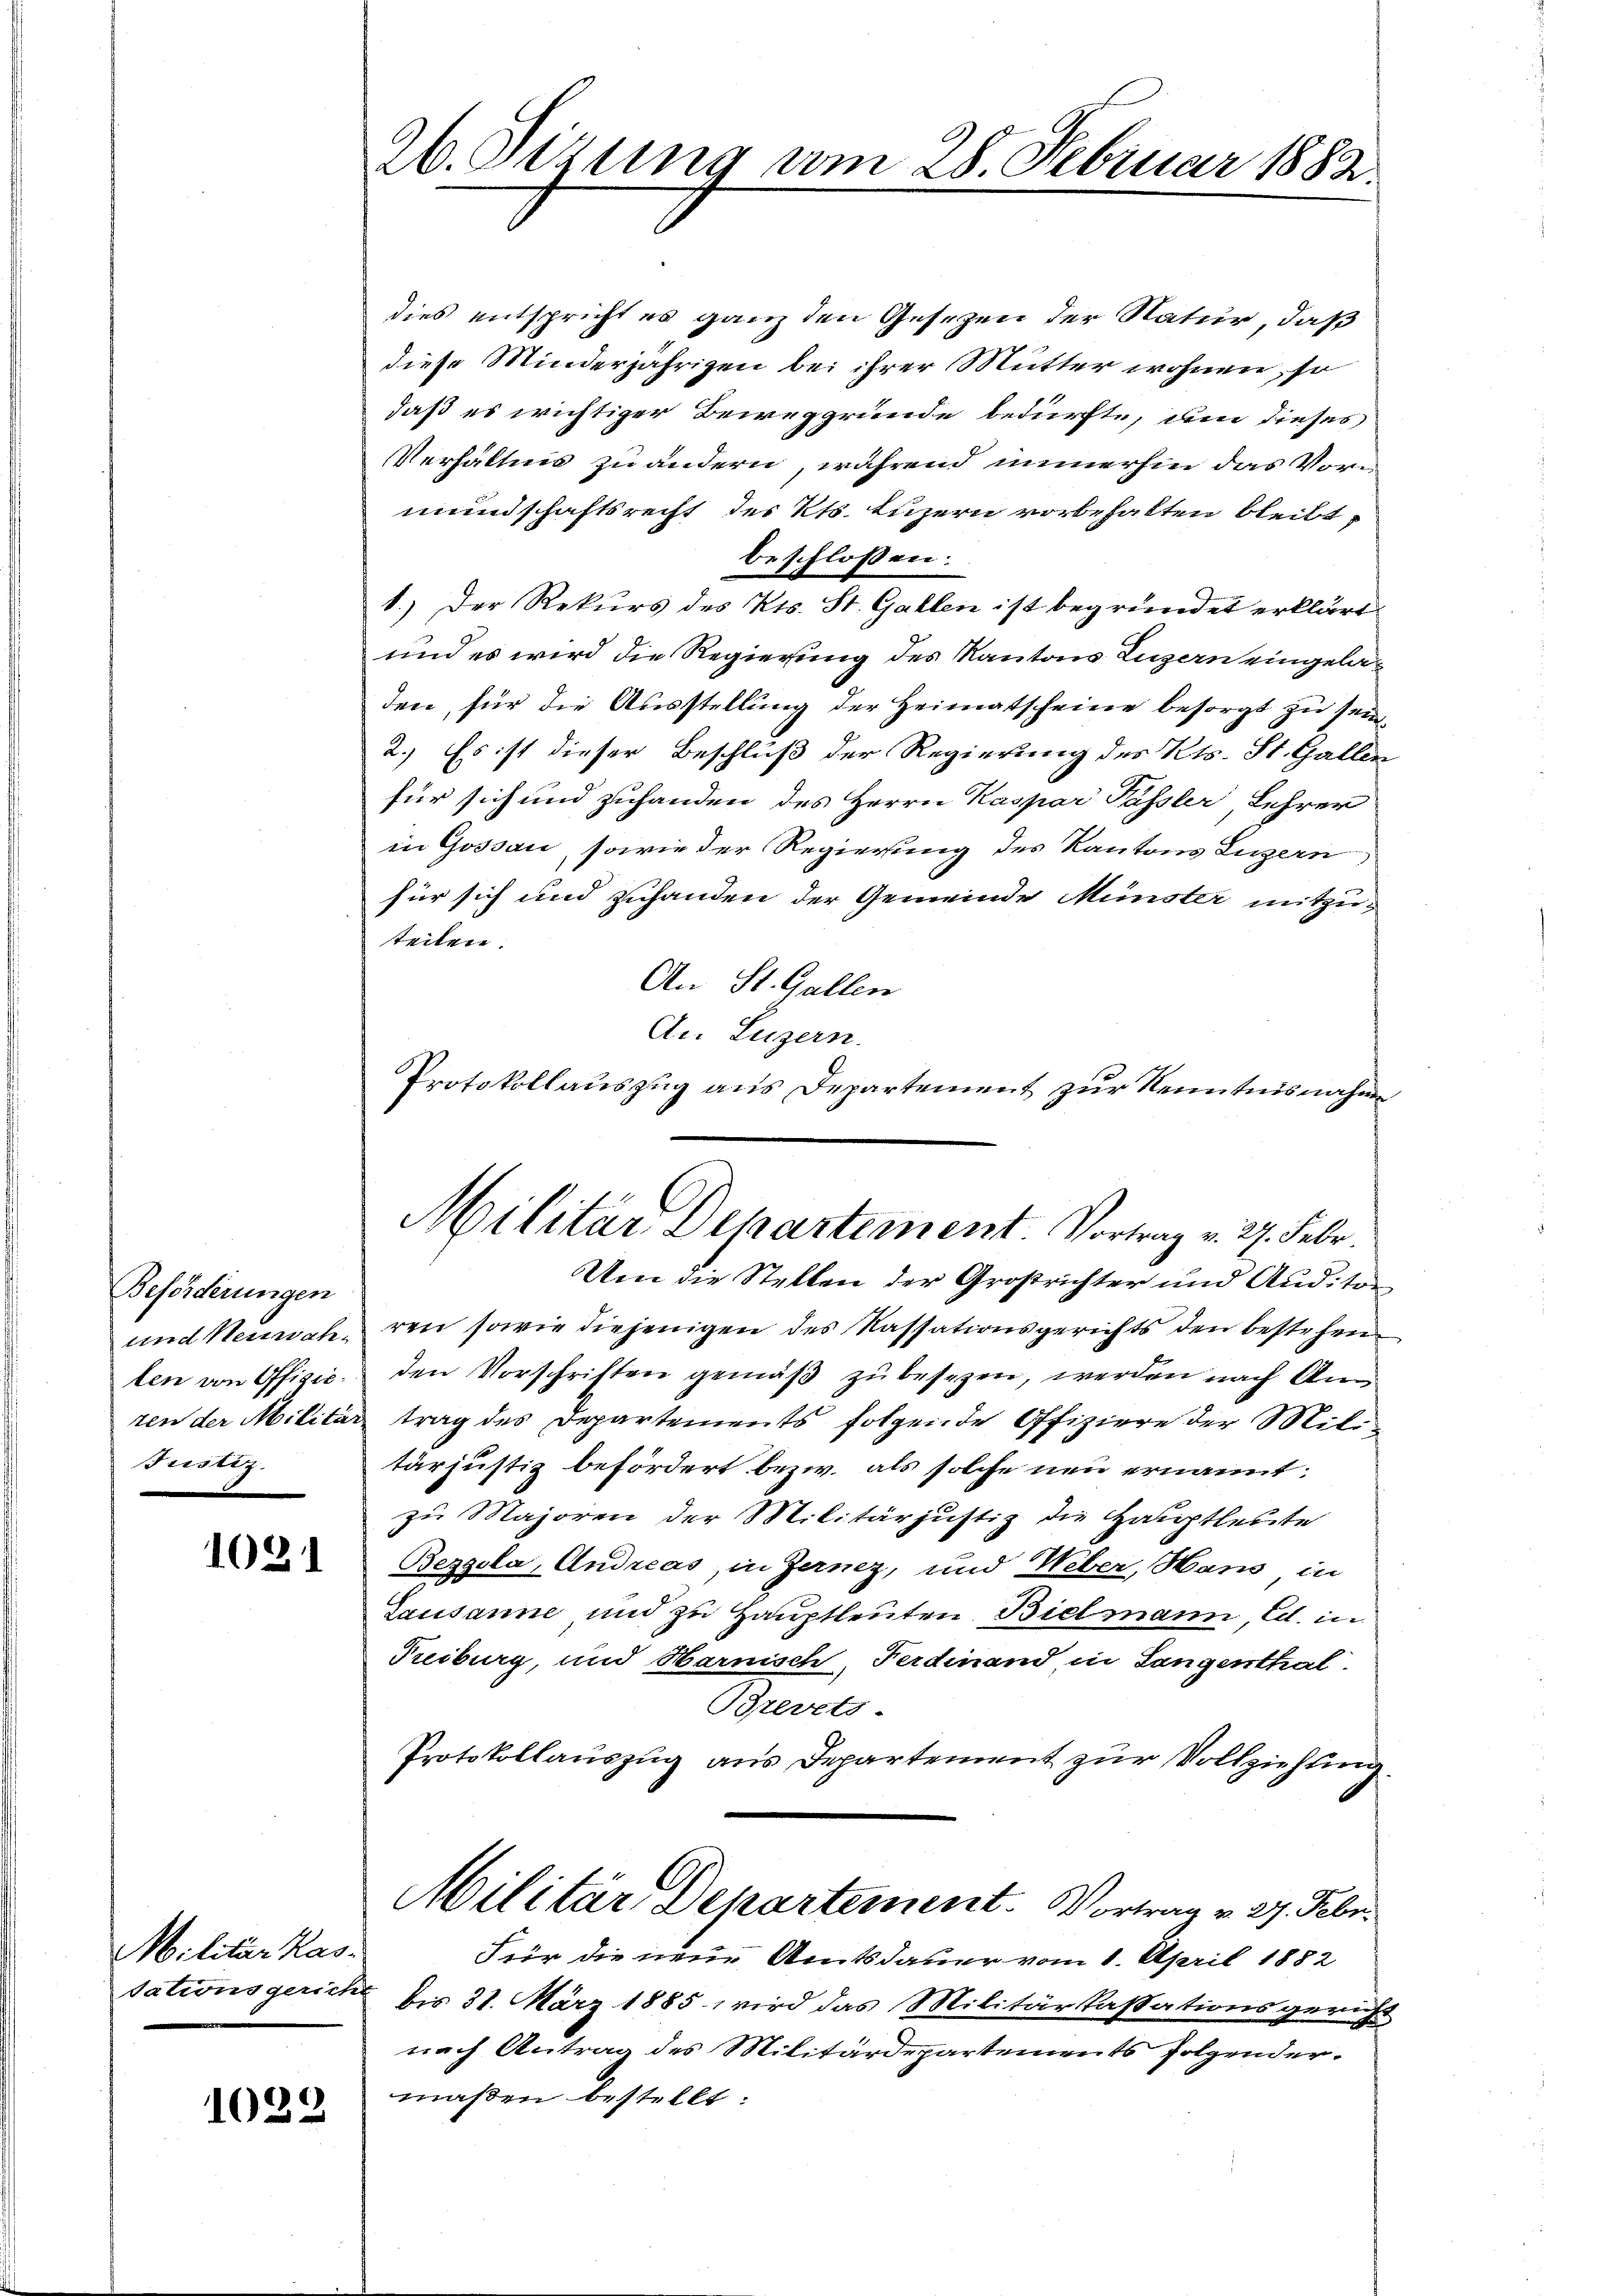
Beförderungen
und Neuwahten von Offizic.
ten der Militär
Justiz.

1021

Militar Kas
Tationsgerich

1029

26. Setzung am 28. Februar 1882.

dies entspricht es ganz den Gesezen der Natur, daß
diese Minderjährigen bei ihrer Mutter wohnen, so
daß es wichtiger Beweggrunde bedürfte, um dieses
Verhältnis zu ändern, während immerhin das Vormundschaftsrecht des Kts. Luzern vorbehalten bleibt,
beschlossen:
1.) Der Rekurs des Kts. St. Gallen ist begründet erklärt
und es wird die Regierung des Kantons Luzern eingeladen, für die Ausstellung der Heimatscheine besorgt zu sein¬
2.) Es ist dieser Beschluß der Regierung des Kts. St. Gallen
für sich und zuhanden des Herrn Kaspar Passler Lehrer
in Gossau, sowie der Regierung des Kantons Luzern
für sich und zuhanden der Gemeinde Münster mitzuteilen.
An St. Gallen
An Luzern.
Protokollauszug aus Departement zur Kenntnisnahme
Um die Stellen der Großrichter und Auditor
ren sowie diejenigen des Kassationsgerichts den bestehen
den Vorschriften gemäß zu besezen, werden nach Antrag des Departements folgende Offiziere der Mittärjustiz befördert bezw. als solche neu ernannt:
zu Majoren der Militärjustiz die Hauptleute
Bezgola, Andreas, in Zarnez, und Weber, Hans in
Lausanne und zu Hauptleuten Bielmann, Ed. in
Puiburg, und Harnisch, Ferdinand in Langenthal
Brevets-
Protokollauszug aus Departement zur Vollziehung
Militär, Departement. Vortrag v. 27. Febr.
Für die neue Amtsdauer vom 1. April 1882
 bis 31. März 1885 wird das Militärkassationsgericht
nach Antrag des Militärdepartements folgendermaßen bestellt.

Militar Departement. Vortrag v. 27. Febr.